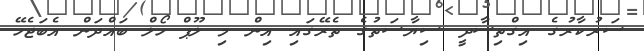
ސަރުކާރުގެ އިގްތިސާދީ ސިޔާސަތުގެ ތެރޭގައި އިން މި ލޫޕް ހޯލް ބައްދަން އެބަޖެހޭ